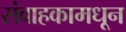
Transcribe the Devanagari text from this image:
संवाहकामधून